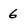
Character: 6